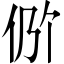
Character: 𫢖